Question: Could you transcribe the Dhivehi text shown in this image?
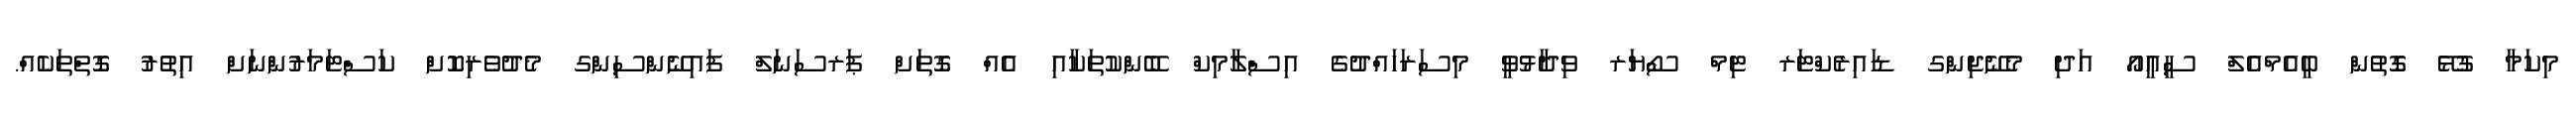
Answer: މިކަމާ ގުޅޭ ގޮތުން ބީއެމްއެލް ސީއީއޯ އަދި މެނޭޖިންގ ޑައިރެކްޓަރ ޓިމް ސޯޔަރ ވިދާޅުވީ މިސަރަހައްދުގެ އިސްލާމިކް ބޭންކުތަކާއި އެއް ގޮތަށް ޕަރސަނަލް ފައިނޭންސިންގ މެދުވެރިކޮށް ކަސްޓަމަރުންނަށް އިތުރު ގޮތްތަކެއް.